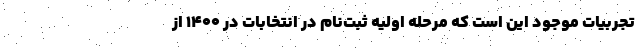
تجربیات موجود این است که مرحله اولیه ثبت‌نام در انتخابات در ۱۴۰۰ از